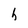
Character: h